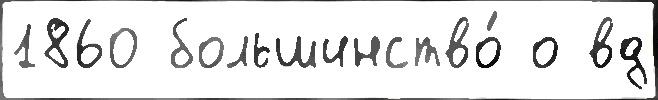
1860 большинство́ о вд